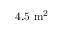
\mathrm { 4 . 5 ~ m ^ { 2 } }